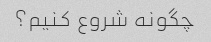
چگونه شروع کنیم؟